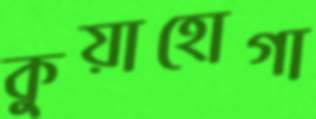
কুয়াহোগা